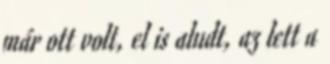
már ott volt, el is aludt, az lett a